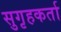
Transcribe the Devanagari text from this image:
सुगृहकर्ता